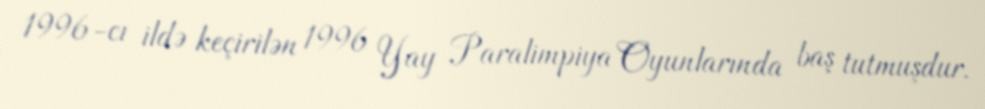
1996-cı ildə keçirilən 1996 Yay Paralimpiya Oyunlarında baş tutmuşdur.